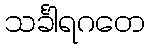
သင်္ခါရဂတေ